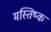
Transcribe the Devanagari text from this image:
मस्‍तिष्क